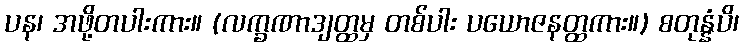
ပန၊ အဖို့တပါးကား။ (လက္ခဏာဒျတ္ထမှ တစ်ပါး ပယောဇနတ္ထကား။) စတုန္နံပိ၊